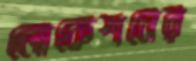
লোকেশনের